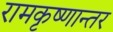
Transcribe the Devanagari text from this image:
रामकृष्णान्तर